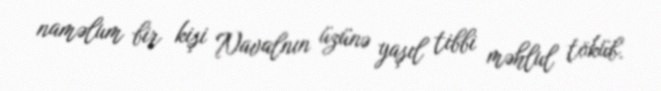
naməlum bir kişi Navalnın üzünə yaşıl tibbi məhlul töküb.